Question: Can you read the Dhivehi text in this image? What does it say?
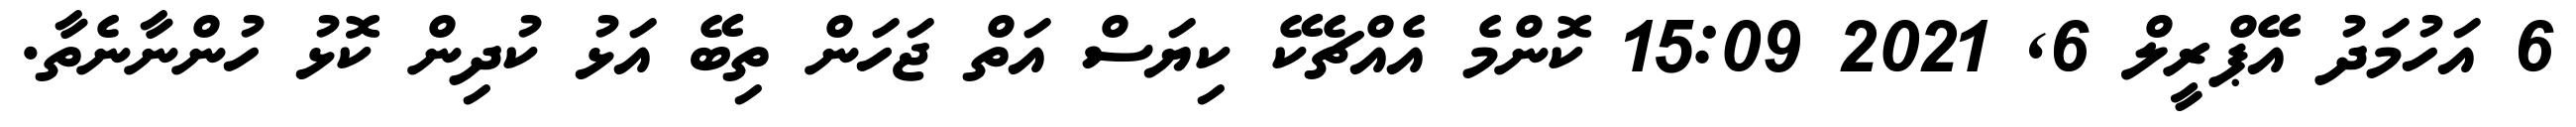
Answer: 6 އަހުމަދު އޭޕްރީލް 6, 2021 15:09 ކޮންމެ އެއްޗެކޭ ކިޔަސް އަތް ޖަހަން ތިބޭ އަޅު ކުދިން ކޮޅު ހުންނާނެތާ.